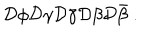
LaTeX: { \cal D } \phi { \cal D } \gamma { \cal D } \bar { \gamma } { \cal D } \beta { \cal D } \bar { \beta } ~ .